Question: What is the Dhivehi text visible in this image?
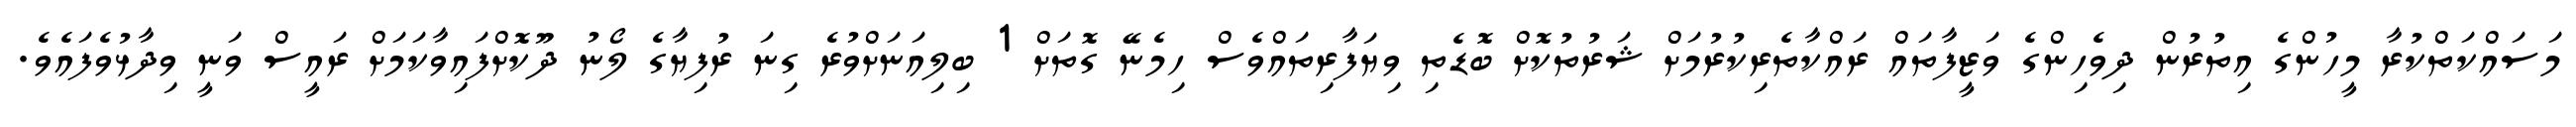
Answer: މަސައްކަތްކުރާ މީހުންގެ އިތުރުން ދިވެހިންގެ ވަޒީފާތައް ރައްކާތެރިކުރުމަށް ޝަރުތުކޮށް ބޮޑެތި ވިޔަފާރިތައްވެސް ހިމެނޭ ގޮތަށް 1 ބިލިއަނަށްވުރެ ގިނަ ރުފިޔާގެ ލޯނު ދޫކޮށްފައިވާކަމަށް ރައީސް ވަނީ ވިދާޅުވެފައެވެ.